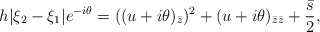
\begin{align*} h | \xi_2 - \xi_1|e^{-i \theta} = ((u+i \theta)_{\bar{z}})^2 + (u+i \theta)_{\bar{z} \bar{z}} + \frac{\bar{s}}{2}, \end{align*}